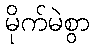
မိုက်မဲစွာ